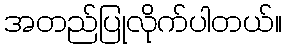
အတည်ပြုလိုက်ပါတယ်။